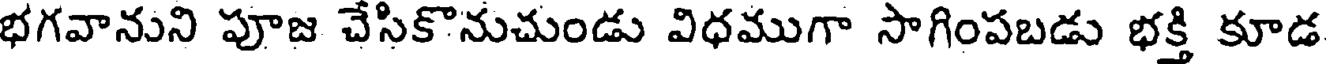
భగవానుని పూజ చేసికొనుచుండు విధముగా సాగింపబడు భక్తి కూడ